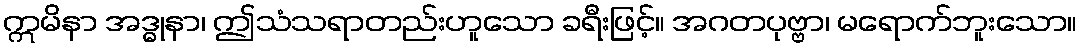
ဣမိနာ အဒ္ဓုနာ၊ ဤသံသရာတည်းဟူသော ခရီးဖြင့်။ အဂတပုဗ္ဗာ၊ မရောက်ဘူးသော။